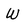
Character: W